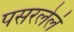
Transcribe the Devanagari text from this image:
पसरलेलं